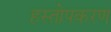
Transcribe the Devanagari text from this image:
हस्तोपकरण